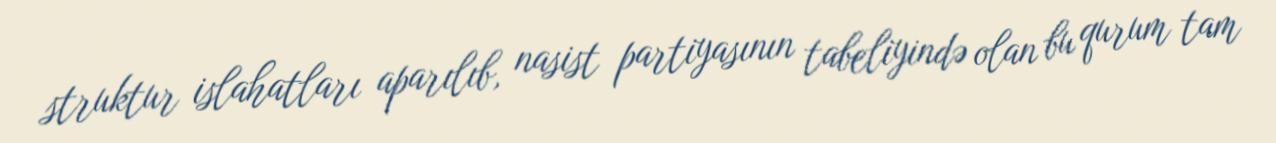
struktur islahatları aparılıb, nasist partiyasının tabeliyində olan bu qurum tam